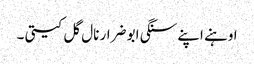
اوہنے اپنے سنگی ابو ضرار نال گل کیتی ۔